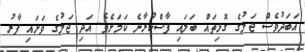
އަބަދުވެސް ޖަލުގެ ގޮޅިތައް ބަލައި ފާސްކުރާނެ ކަމަށެވެ. އަދި ޖަލުގެ ވަށައި ފާރު